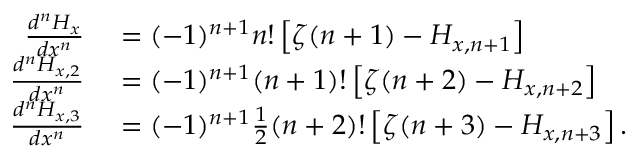
\begin{array} { r l } { { \frac { d ^ { n } H _ { x } } { d x ^ { n } } } } & { { } = ( - 1 ) ^ { n + 1 } n ! \left[ \zeta ( n + 1 ) - H _ { x , n + 1 } \right] } \\ { { \frac { d ^ { n } H _ { x , 2 } } { d x ^ { n } } } } & { { } = ( - 1 ) ^ { n + 1 } ( n + 1 ) ! \left[ \zeta ( n + 2 ) - H _ { x , n + 2 } \right] } \\ { { \frac { d ^ { n } H _ { x , 3 } } { d x ^ { n } } } } & { { } = ( - 1 ) ^ { n + 1 } { \frac { 1 } { 2 } } ( n + 2 ) ! \left[ \zeta ( n + 3 ) - H _ { x , n + 3 } \right] . } \end{array}